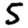
Digit: 5